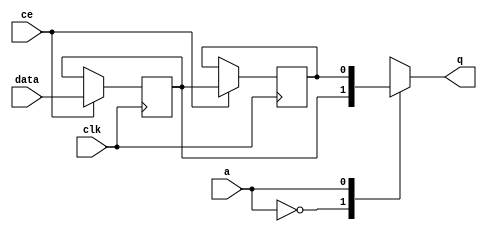
// ==============================================================
// File generated by Vivado(TM) HLS - High-Level Synthesis from C, C++ and SystemC
// Version: 2017.4.op
// Copyright (C) 1986-2018 Xilinx, Inc. All Rights Reserved.
// 
// ==============================================================


`timescale 1 ns / 1 ps

module start_for_pipeline_data_passer_U0_shiftReg (
    clk,
    data,
    ce,
    a,
    q);

parameter DATA_WIDTH = 32'd1;
parameter ADDR_WIDTH = 32'd1;
parameter DEPTH = 32'd2;

input clk;
input [DATA_WIDTH-1:0] data;
input ce;
input [ADDR_WIDTH-1:0] a;
output [DATA_WIDTH-1:0] q;

reg[DATA_WIDTH-1:0] SRL_SIG [0:DEPTH-1];
integer i;

always @ (posedge clk)
    begin
        if (ce)
        begin
            for (i=0;i<DEPTH-1;i=i+1)
                SRL_SIG[i+1] <= SRL_SIG[i];
            SRL_SIG[0] <= data;
        end
    end

assign q = SRL_SIG[a];

endmodule

module start_for_pipeline_data_passer_U0 (
    clk,
    reset,
    if_empty_n,
    if_read_ce,
    if_read,
    if_dout,
    if_full_n,
    if_write_ce,
    if_write,
    if_din);

parameter MEM_STYLE   = "auto";
parameter DATA_WIDTH  = 32'd1;
parameter ADDR_WIDTH  = 32'd1;
parameter DEPTH       = 32'd2;

input clk;
input reset;
output if_empty_n;
input if_read_ce;
input if_read;
output[DATA_WIDTH - 1:0] if_dout;
output if_full_n;
input if_write_ce;
input if_write;
input[DATA_WIDTH - 1:0] if_din;

wire[ADDR_WIDTH - 1:0] shiftReg_addr ;
wire[DATA_WIDTH - 1:0] shiftReg_data, shiftReg_q;
wire                     shiftReg_ce;
reg[ADDR_WIDTH:0] mOutPtr = {(ADDR_WIDTH+1){1'b1}};
reg internal_empty_n = 0, internal_full_n = 1;

assign if_empty_n = internal_empty_n;
assign if_full_n = internal_full_n;
assign shiftReg_data = if_din;
assign if_dout = shiftReg_q;

always @ (posedge clk) begin
    if (reset == 1'b1)
    begin
        mOutPtr <= ~{ADDR_WIDTH+1{1'b0}};
        internal_empty_n <= 1'b0;
        internal_full_n <= 1'b1;
    end
    else begin
        if (((if_read & if_read_ce) == 1 & internal_empty_n == 1) && 
            ((if_write & if_write_ce) == 0 | internal_full_n == 0))
        begin
            mOutPtr <= mOutPtr - 1;
            if (mOutPtr == 0)
                internal_empty_n <= 1'b0;
            internal_full_n <= 1'b1;
        end 
        else if (((if_read & if_read_ce) == 0 | internal_empty_n == 0) && 
            ((if_write & if_write_ce) == 1 & internal_full_n == 1))
        begin
            mOutPtr <= mOutPtr + 1;
            internal_empty_n <= 1'b1;
            if (mOutPtr == DEPTH - 2)
                internal_full_n <= 1'b0;
        end 
    end
end

assign shiftReg_addr = mOutPtr[ADDR_WIDTH] == 1'b0 ? mOutPtr[ADDR_WIDTH-1:0]:{ADDR_WIDTH{1'b0}};
assign shiftReg_ce = (if_write & if_write_ce) & internal_full_n;

start_for_pipeline_data_passer_U0_shiftReg 
#(
    .DATA_WIDTH(DATA_WIDTH),
    .ADDR_WIDTH(ADDR_WIDTH),
    .DEPTH(DEPTH))
U_start_for_pipeline_data_passer_U0_ram (
    .clk(clk),
    .data(shiftReg_data),
    .ce(shiftReg_ce),
    .a(shiftReg_addr),
    .q(shiftReg_q));

endmodule